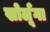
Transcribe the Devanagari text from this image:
खोलूँगा